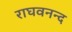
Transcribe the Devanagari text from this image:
राघवनन्द